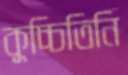
কুচ্চিতিনি